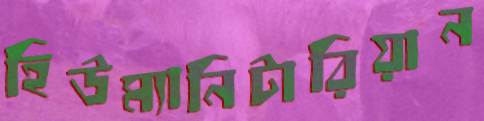
হিউম্যানিটারিয়ান